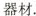
器材.